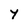
Character: y